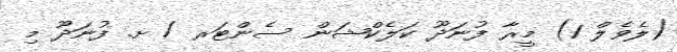
(ލެވެލް 1) މީރާ ފުނަދޫ ކަލެކްޝަން ސެންޓަރ / ށ. ފުނަދޫ މި